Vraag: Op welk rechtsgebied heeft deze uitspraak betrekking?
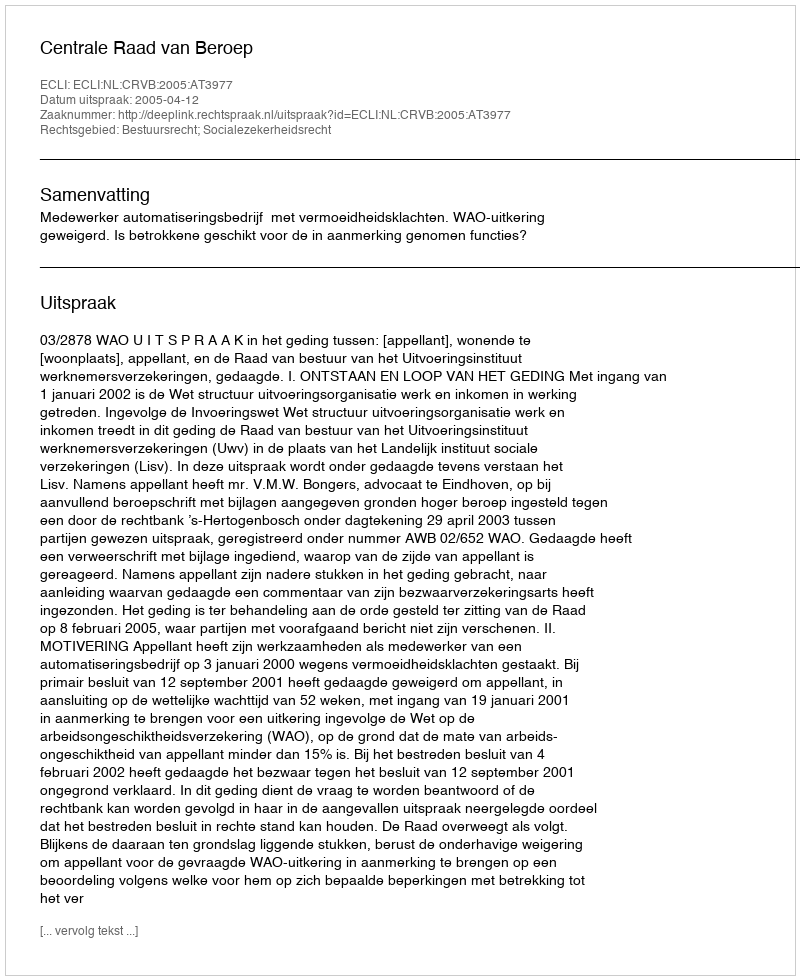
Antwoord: Bestuursrecht; Socialezekerheidsrecht